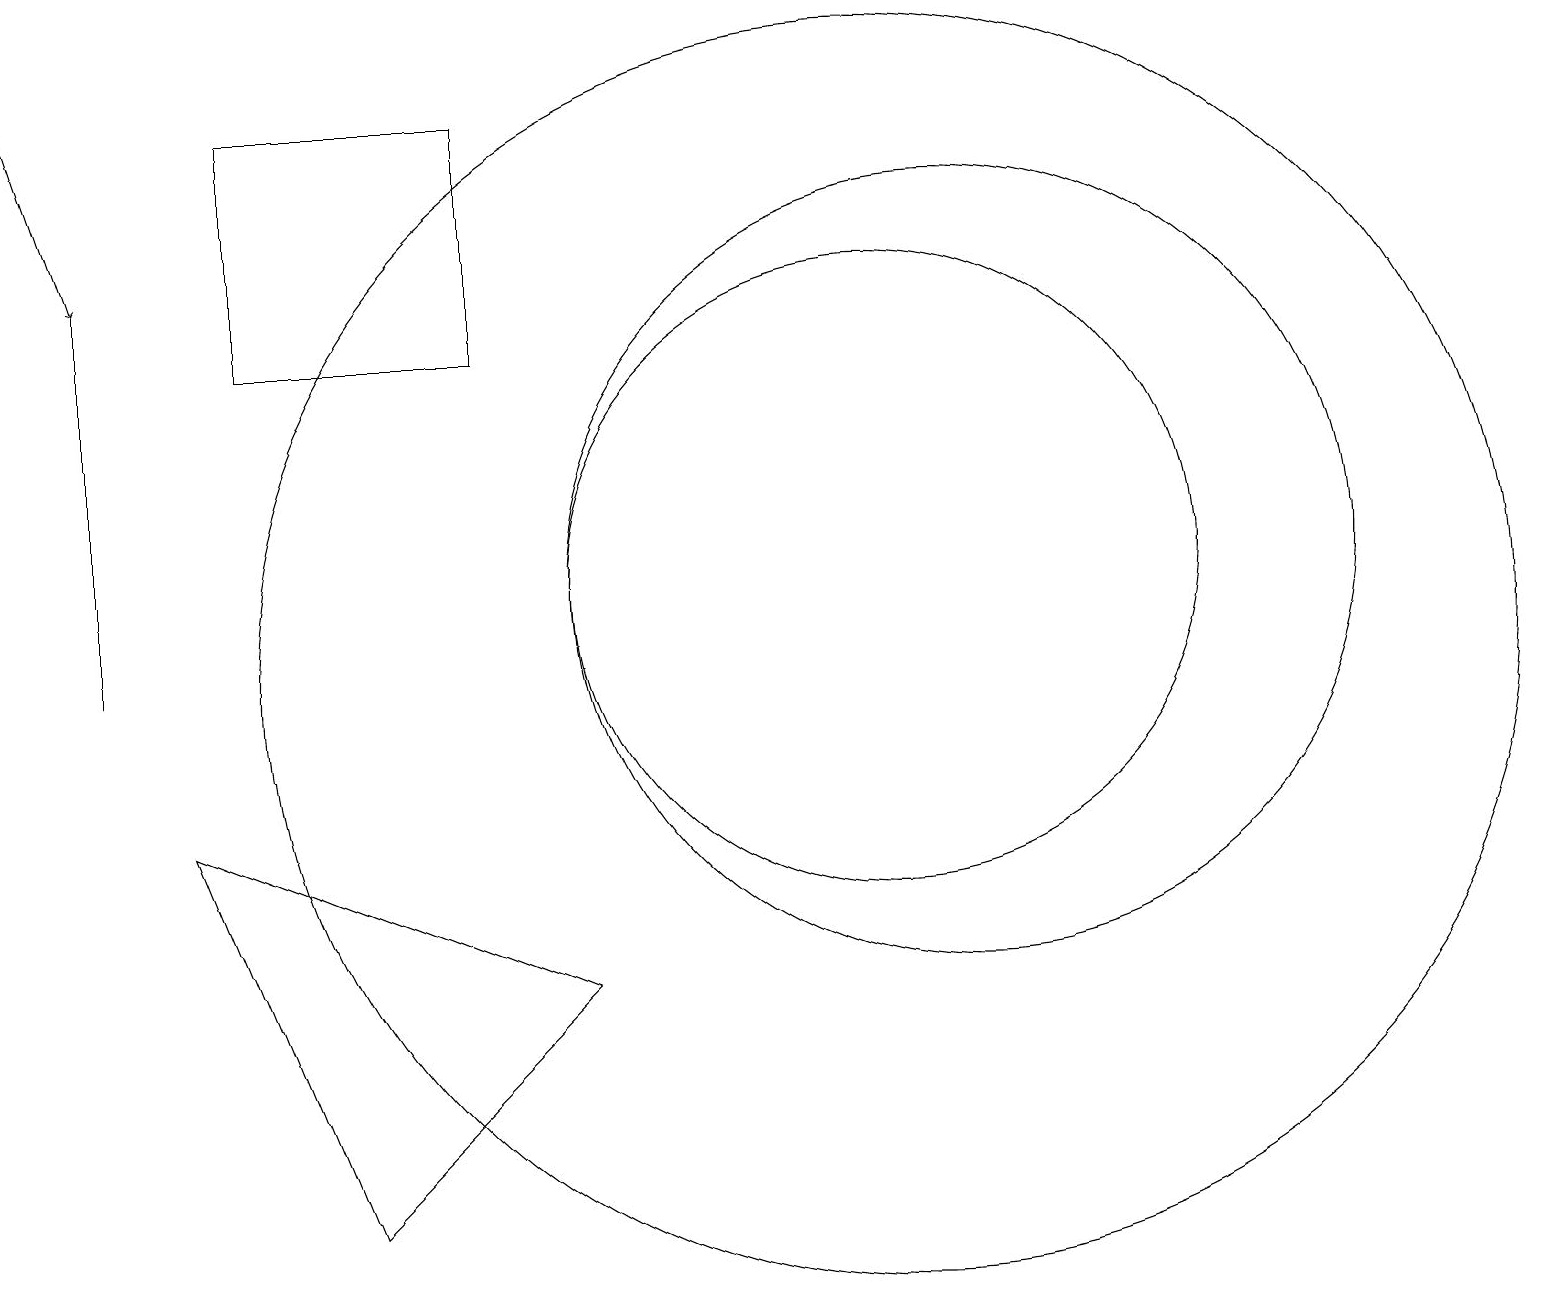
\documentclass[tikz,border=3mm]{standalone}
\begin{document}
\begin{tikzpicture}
\draw (1,15) rectangle (1,10);
\draw (4,3) -- (7,6) -- (2,8) -- cycle;
\draw (6,17) rectangle (3,14);
\draw (11,11) circle (4);
\draw (12,11) circle (5);
\draw[->] (0,18) -- (1,15);
\draw (11,10) circle (8);
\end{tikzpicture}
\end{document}